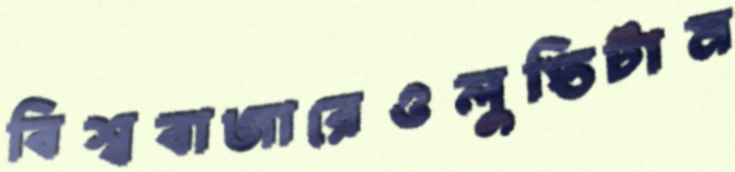
বিশ্ববাজারেওলুপ্তিটাম